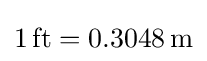
\mathrm {1\,ft} =\mathrm {0.3048\,m}